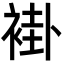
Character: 褂